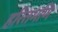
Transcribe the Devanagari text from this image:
हरितमणि